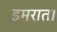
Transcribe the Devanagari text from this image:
इमरात।